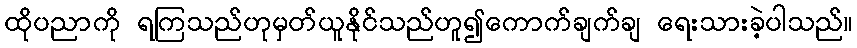
ထိုပညာကို ရကြသည်ဟုမှတ်ယူနိုင်သည်ဟူ၍ကောက်ချက်ချ ရေးသားခဲ့ပါသည်။